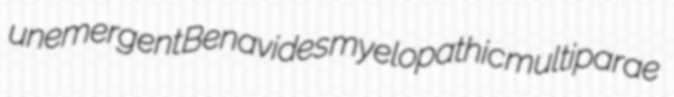
unemergent Benavides myelopathic multiparae